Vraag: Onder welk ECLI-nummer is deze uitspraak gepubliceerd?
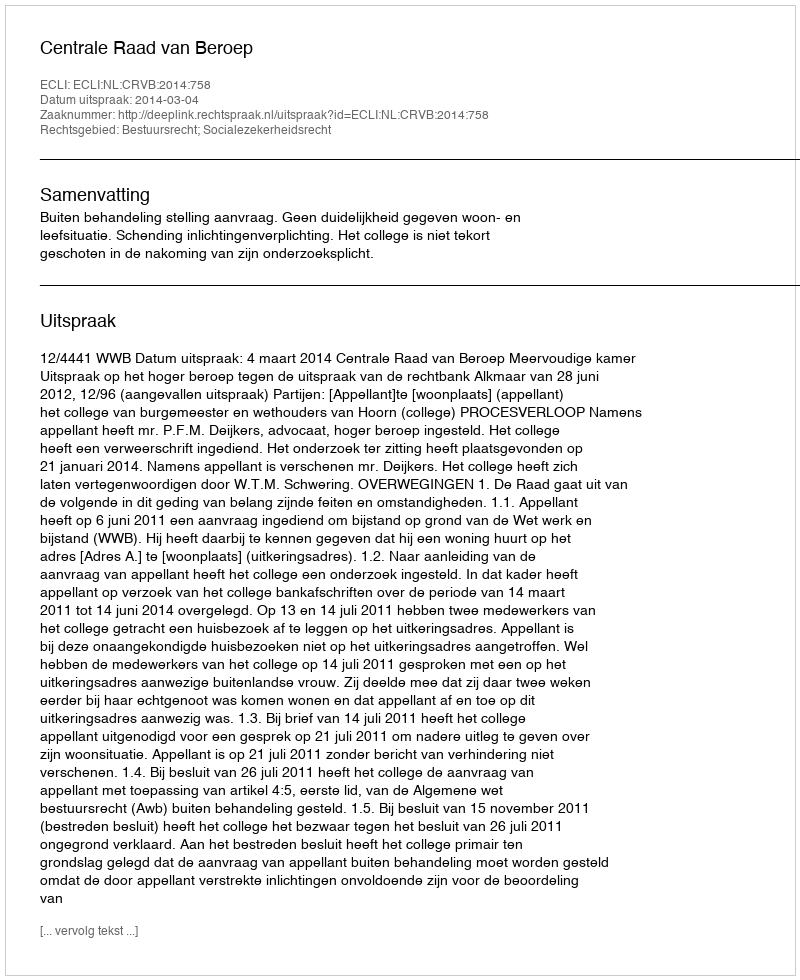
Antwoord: ECLI:NL:CRVB:2014:758